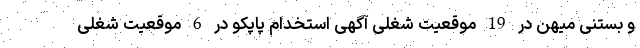
و بستنی میهن در 19 موقعیت شغلی آگهی استخدام پاپکو در 6 موقعیت شغلی